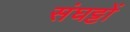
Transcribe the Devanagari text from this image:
संघट्टों